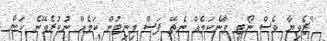
"ޒެވިޔާ ވެސް ނޯޓީ ވާނެކަމެއް ނެތޭ ފަސް މިނިޓުން ކަމެއް ނުކުރެވޭނެ ކަން